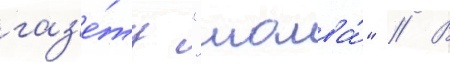
газ'е́ту "молва́" // В